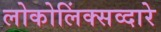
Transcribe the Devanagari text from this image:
लोकोलिंक्सव्दारे